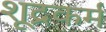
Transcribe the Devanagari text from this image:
शूद्रकर्म